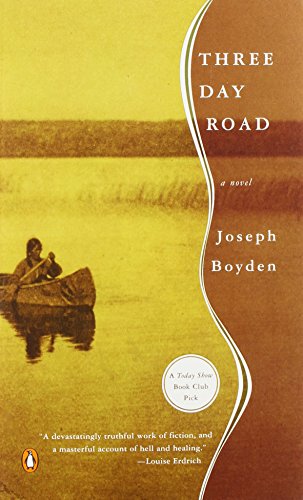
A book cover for Three Day Road; Joseph Boyden; Literature & Fiction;